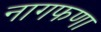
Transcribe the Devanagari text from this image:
नागफणा